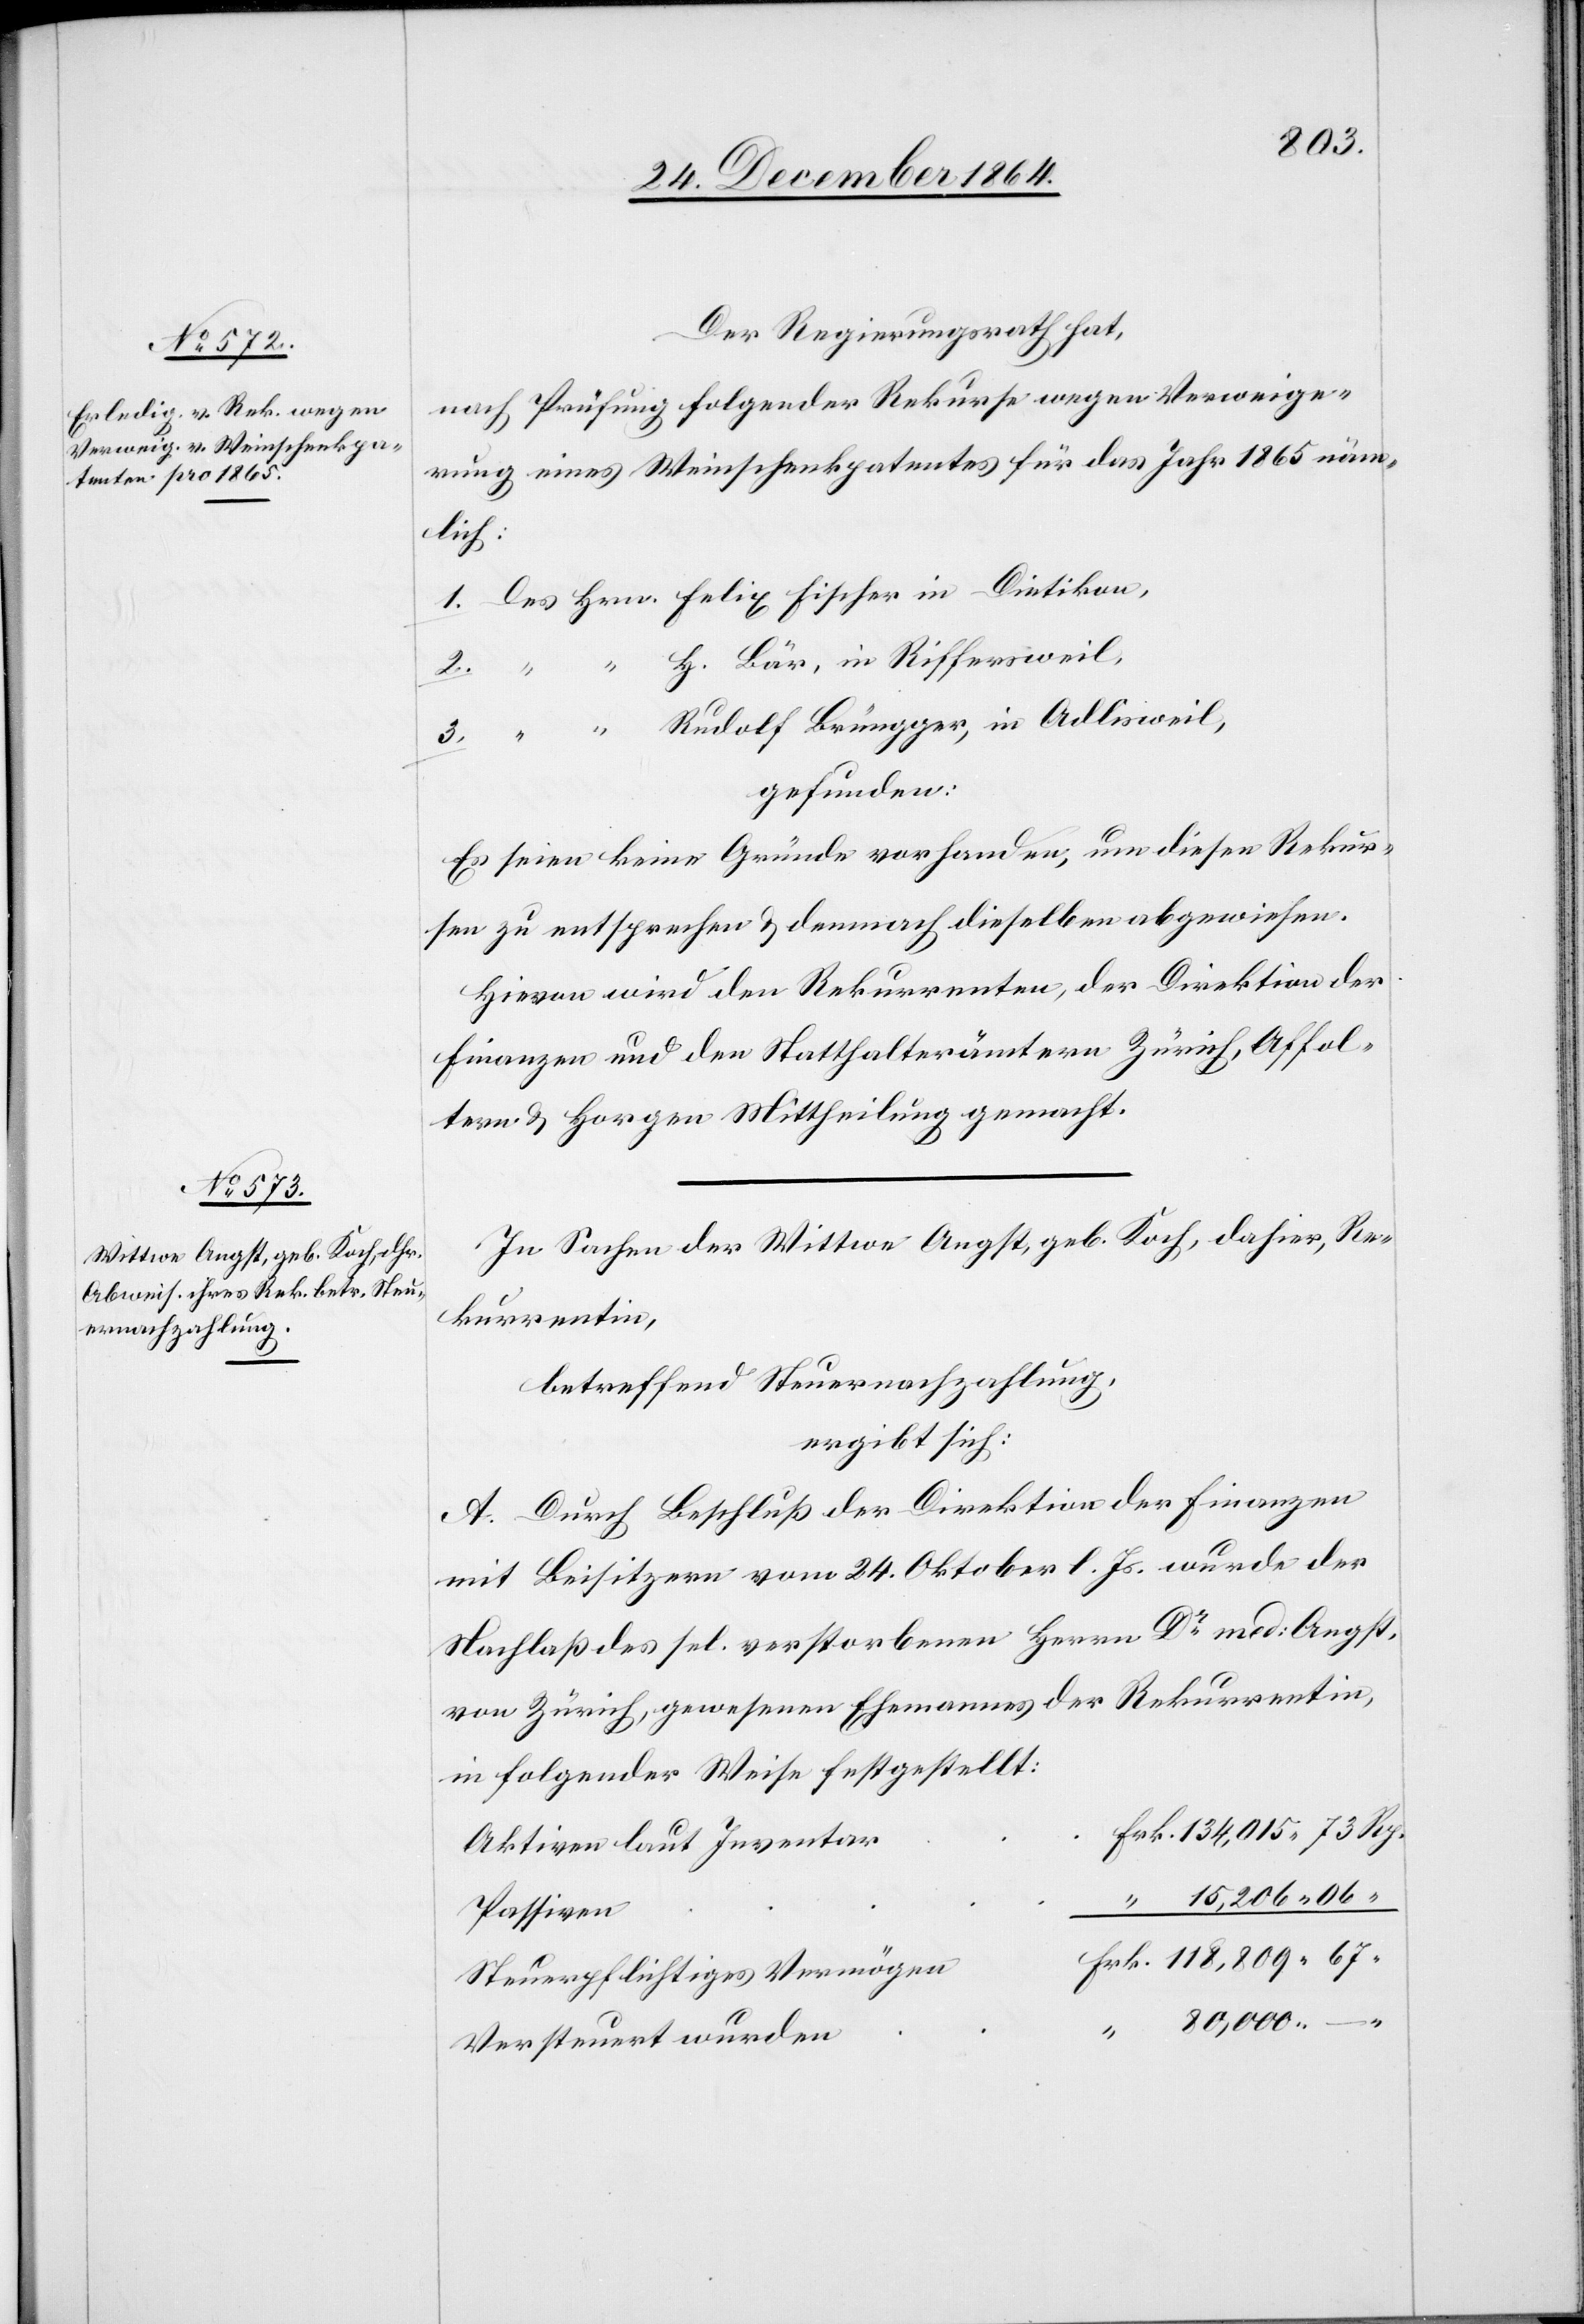
Der Regierungsrath hat,
nach Prüfung folgender Rekurse wegen Verweige¬
rung eines Weinschenkpatentes für das Jahr 1865 näm¬
lich:
gefunden:
Es seien keine Gründe vorhanden, um diesen Rekur¬
sen zu entsprechen & demnach dieselben abgewiesen.
Hievon wird den Rekurrenten, der Direktion der
Finanzen und den Statthalterämtern Zürich, Affol¬
tern & Horgen Mittheilung gemacht.
In Sachen der Wittwe Angst, geb. Koch, dahier, Re¬
kurrentin,
betreffend Steuernachzahlung,
ergibt sich:
A. Durch Beschluß der Direktion der Finanzen
mit Beisitzern vom 24. Oktober l. Js. wurde der
Nachlaß des sel. verstorbenen Herrn Dr med. Angst,
von Zürich, gewesenen Ehemanns der Rekurrentin,
in folgender Weise festgestellt:
Aktiven laut Inventar
Passiven
Steuerpflichtiges Vermögen
Versteuert wurden